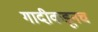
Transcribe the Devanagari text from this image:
गादीकडूनच